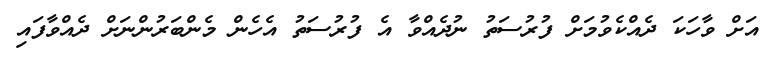
އަށް ވާހަކަ ދެއްކެވުމަށް ފުރުސަތު ނުދެއްވާ އެ ފުރުސަތު އެހެން މެންބަރުންނަށް ދެއްވާފައި